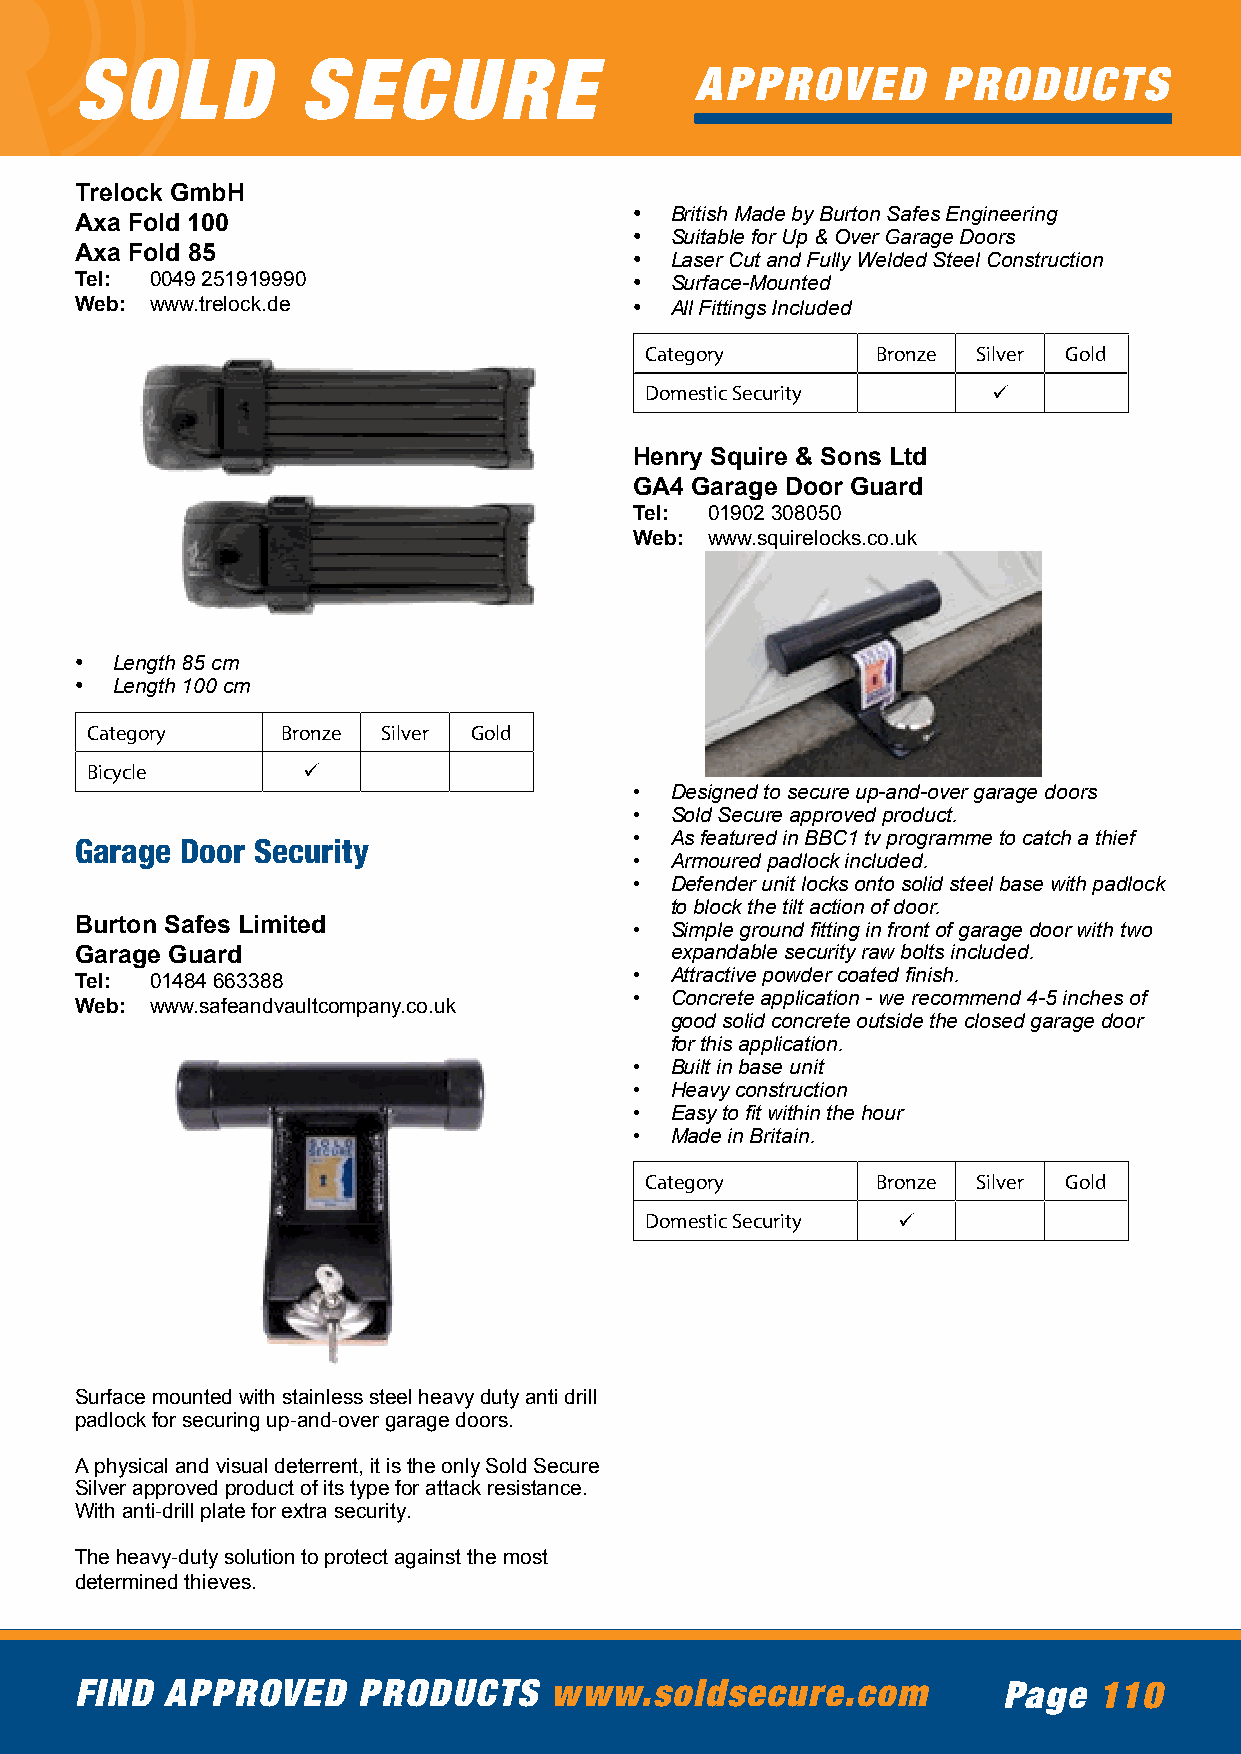
SOLD           SECURE
 APPROVED        PRODUCTS
 Trelock GmbH
 • British Made by Burton Safes Engineering
 Axa Fold 100
 • Suitable for Up & Over Garage Doors
 Axa Fold 85                          • Laser Cut and Fully Welded Steel Construction
 Tel: 0049 251919990                  • Surface-Mounted
 Web: www.trelock.de                  • All Fittings Included
 Category       Bronze Silver Gold
 Domestic Security      ü
 Henry Squire & Sons Ltd
 GA4 Garage Door Guard
 Tel: 01902 308050
 Web: www.squirelocks.co.uk
 • Length 85 cm
 • Length 100 cm
 Category     Bronze Silver Gold
 Bicycle       ü
 • Designed to secure up-and-over garage doors
 • Sold Secure approved product.
 • As featured in BBC1 tv programme to catch a thief
 Garage Door Security
 • Armoured padlock included.
 • Defender unit locks onto solid steel base with padlock
 to block the tilt action of door.
 Burton Safes Limited                 • Simple ground fitting in front of garage door with two
 Garage Guard                           expandable security raw bolts included.
 Tel: 01484 663388                    • Attractive powder coated finish.
 • Concrete application - we recommend 4-5 inches of
 Web: www.safeandvaultcompany.co.uk
 good solid concrete outside the closed garage door
 for this application.
 • Built in base unit
 • Heavy construction
 • Easy to fit within the hour
 • Made in Britain.
 Category       Bronze Silver Gold
 Domestic Security ü
 Surface mounted with stainless steel heavy duty anti drill
 padlock for securing up-and-over garage doors.
 A physical and visual deterrent, it is the only Sold Secure
 Silver approved product of its type for attack resistance.
 With anti-drill plate for extra security.
 The heavy-duty solution to protect against the most
 determined thieves.
 FIND  APPROVED     PRODUCTS    www.soldsecure.com            Page   110